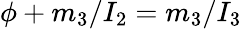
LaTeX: \phi+m_{3}/I_{2}=m_{3}/I_{3}